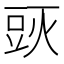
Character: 𰶙